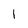
Character: l